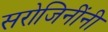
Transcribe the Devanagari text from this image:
सरोजिनींनी